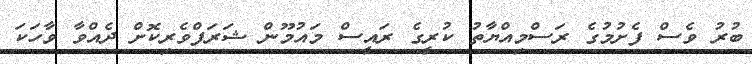
ބުރު ވެސް ފެށުމުގެ ރަސްމިއްޔާތު ކުރީގެ ރައީސް މައުމޫން ޝަރަފްވެރިކޮށް ދެއްވާ ވާހަކަ